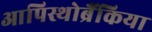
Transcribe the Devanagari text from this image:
आपिस्थोब्रैंकिया